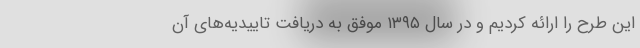
این طرح را ارائه کردیم و در سال ۱۳۹۵ موفق به دریافت تاییدیه‌های آن